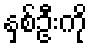
နှစ်ဦးကို